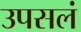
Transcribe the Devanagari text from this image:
उपसलं